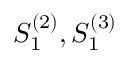
S _ { 1 } ^ { ( 2 ) } , S _ { 1 } ^ { ( 3 ) }